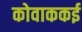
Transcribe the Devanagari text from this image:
कोवाककई